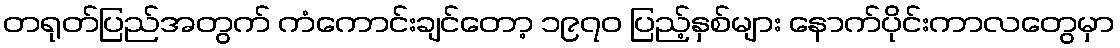
တရုတ်ပြည်အတွက် ကံကောင်းချင်တော့ ၁၉၇၀ ပြည့်နှစ်များ နောက်ပိုင်းကာလတွေမှာ